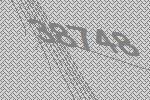
38748